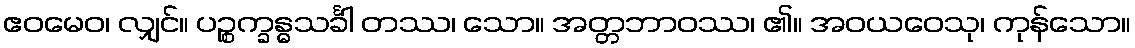
ဧဝမေဝ၊ လျှင်။ ပဉ္စက္ခန္ဓသင်္ခါ တဿ၊ သော။ အတ္တဘာဝဿ၊ ၏။ အဝယဝေသု၊ ကုန်သော။